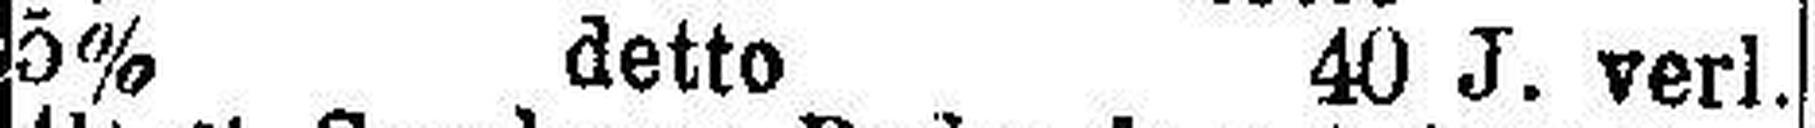
5% detto 40 J. verl.